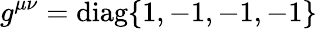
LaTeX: g^{\mu\nu}=\mathrm{{{diag}\{ 1,-1,-1,-1\} }}